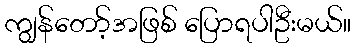
ကျွန်တော့်အဖြစ် ပြောရပါဦးမယ်။